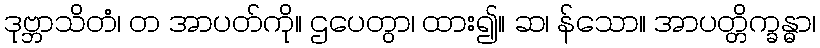
ဒုဗ္ဘာသိတံ၊ တ အာပတ်ကို။ ဌပေတွာ၊ ထား၍။ ဆ၊ န်သော။ အာပတ္တိက္ခန္ဓာ၊